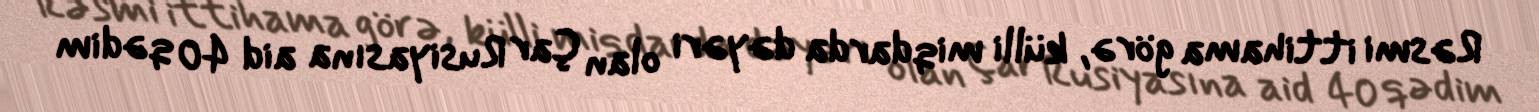
Rəsmi ittihama görə, külli miqdarda dəyəri olan Çar Rusiyasına aid 40 qədim